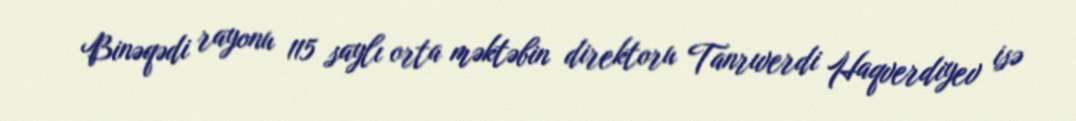
Binəqədi rayonu 115 saylı orta məktəbin direktoru Tanrıverdi Haqverdiyev isə